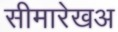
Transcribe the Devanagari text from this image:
सीमारेखअ